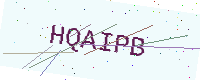
Text: HQAIPB